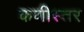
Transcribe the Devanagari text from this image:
कणीस्तर